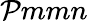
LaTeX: \mathcal{P}mmn